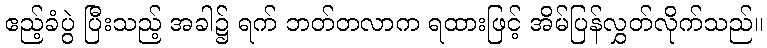
ဧည့်ခံပွဲ ပြီးသည့် အခါ၌ ရက် ဘတ်တလာက ရထားဖြင့် အိမ်ပြန်လွှတ်လိုက်သည်။